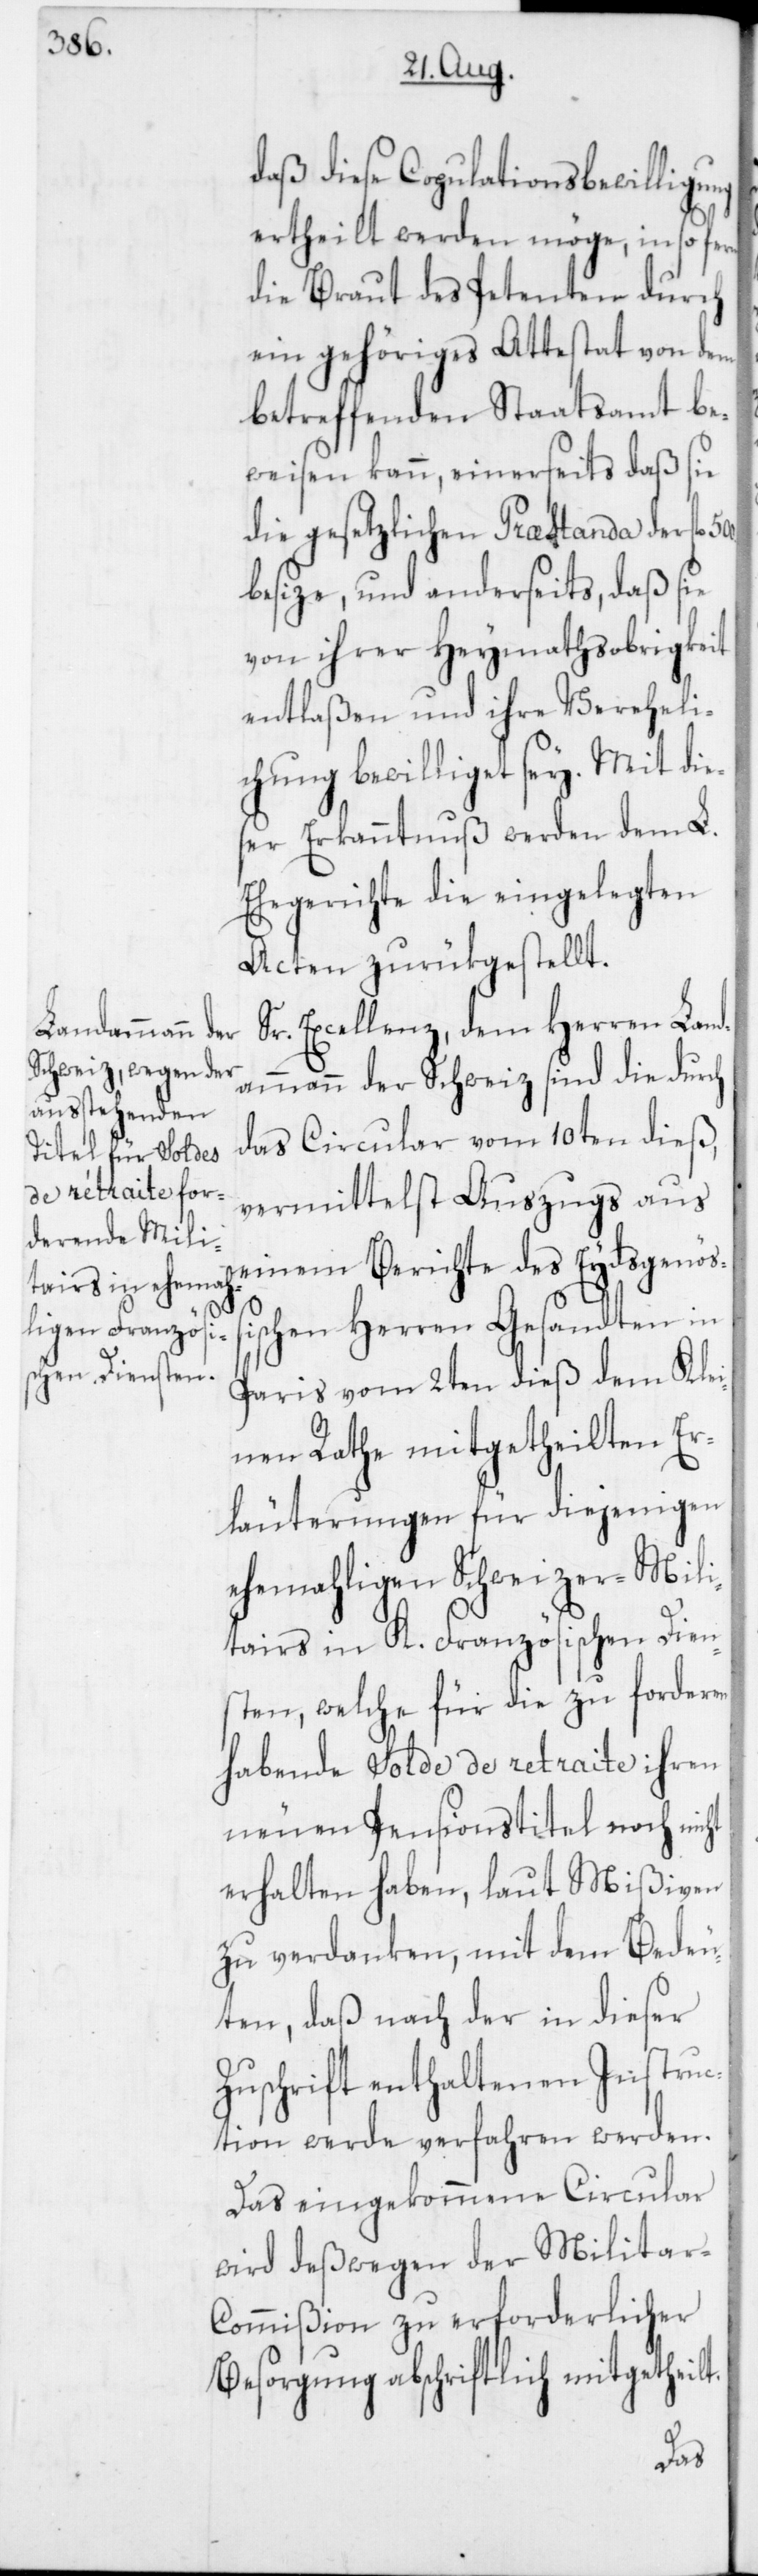
daß diese Copulationsbewilligung
ertheilt werden möge, insofern
die Braut des Petenten durch
ein gehöriges Attestat von dem
betreffenden Staatsamt be¬
weisen kann, einerseits daß sie
die gesetzlichen Præstanda der fl.
besize, und anderseits daß sie
von ihrer Heymathsobrigkeit
entlaßen und ihre Vereheli¬
chung bewilliget sey. Mit die¬
ser Erkanntnuß werden dem L.
Ehegerichte die eingelegten
Acten zurükgestellt.
Excellenz dem Herren Land¬
ammann der Schweiz sind die durch
das Circular vom 10ten dieß,
vermittelst Auszugs aus
einem Berichte des Eydsgenößi¬
schen Herren Gesandten in
Paris vom 2ten dieß dem Klei¬
nen Rathe mitgetheilten Er¬
läuterungen für diejenigen
ehemahligen Schweizer-Mili¬
tairs in K. Französischen Dien¬
sten, welche für die zu forderen
habende Solde de retraite ihren
neuen Pensionstitel noch nicht
erhalten haben, laut Mißiven
zu verdanken, mit dem Bedeu¬
ten, daß nach der in dieser
Zuschrift enthaltenen Instruc¬
tion werde verfahren werden.
Das eingekommene Circular
wird deßwegen der Militar-C¬
ommißion zu erforderlicher
Besorgung abschriftlich mitgetheilt.